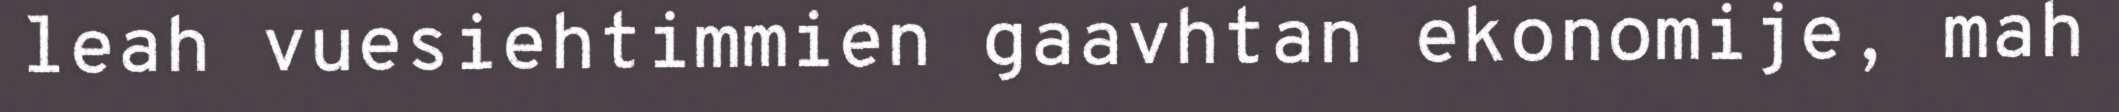
leah vuesiehtimmien gaavhtan ekonomije, mah